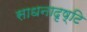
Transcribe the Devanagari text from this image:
साधनादृष्टि